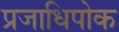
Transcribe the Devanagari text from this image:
प्रजाधिपोक